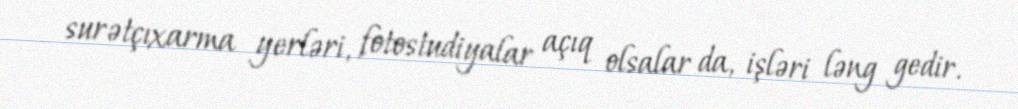
surətçıxarma yerləri, fotostudiyalar açıq olsalar da, işləri ləng gedir.